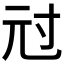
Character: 𰁤